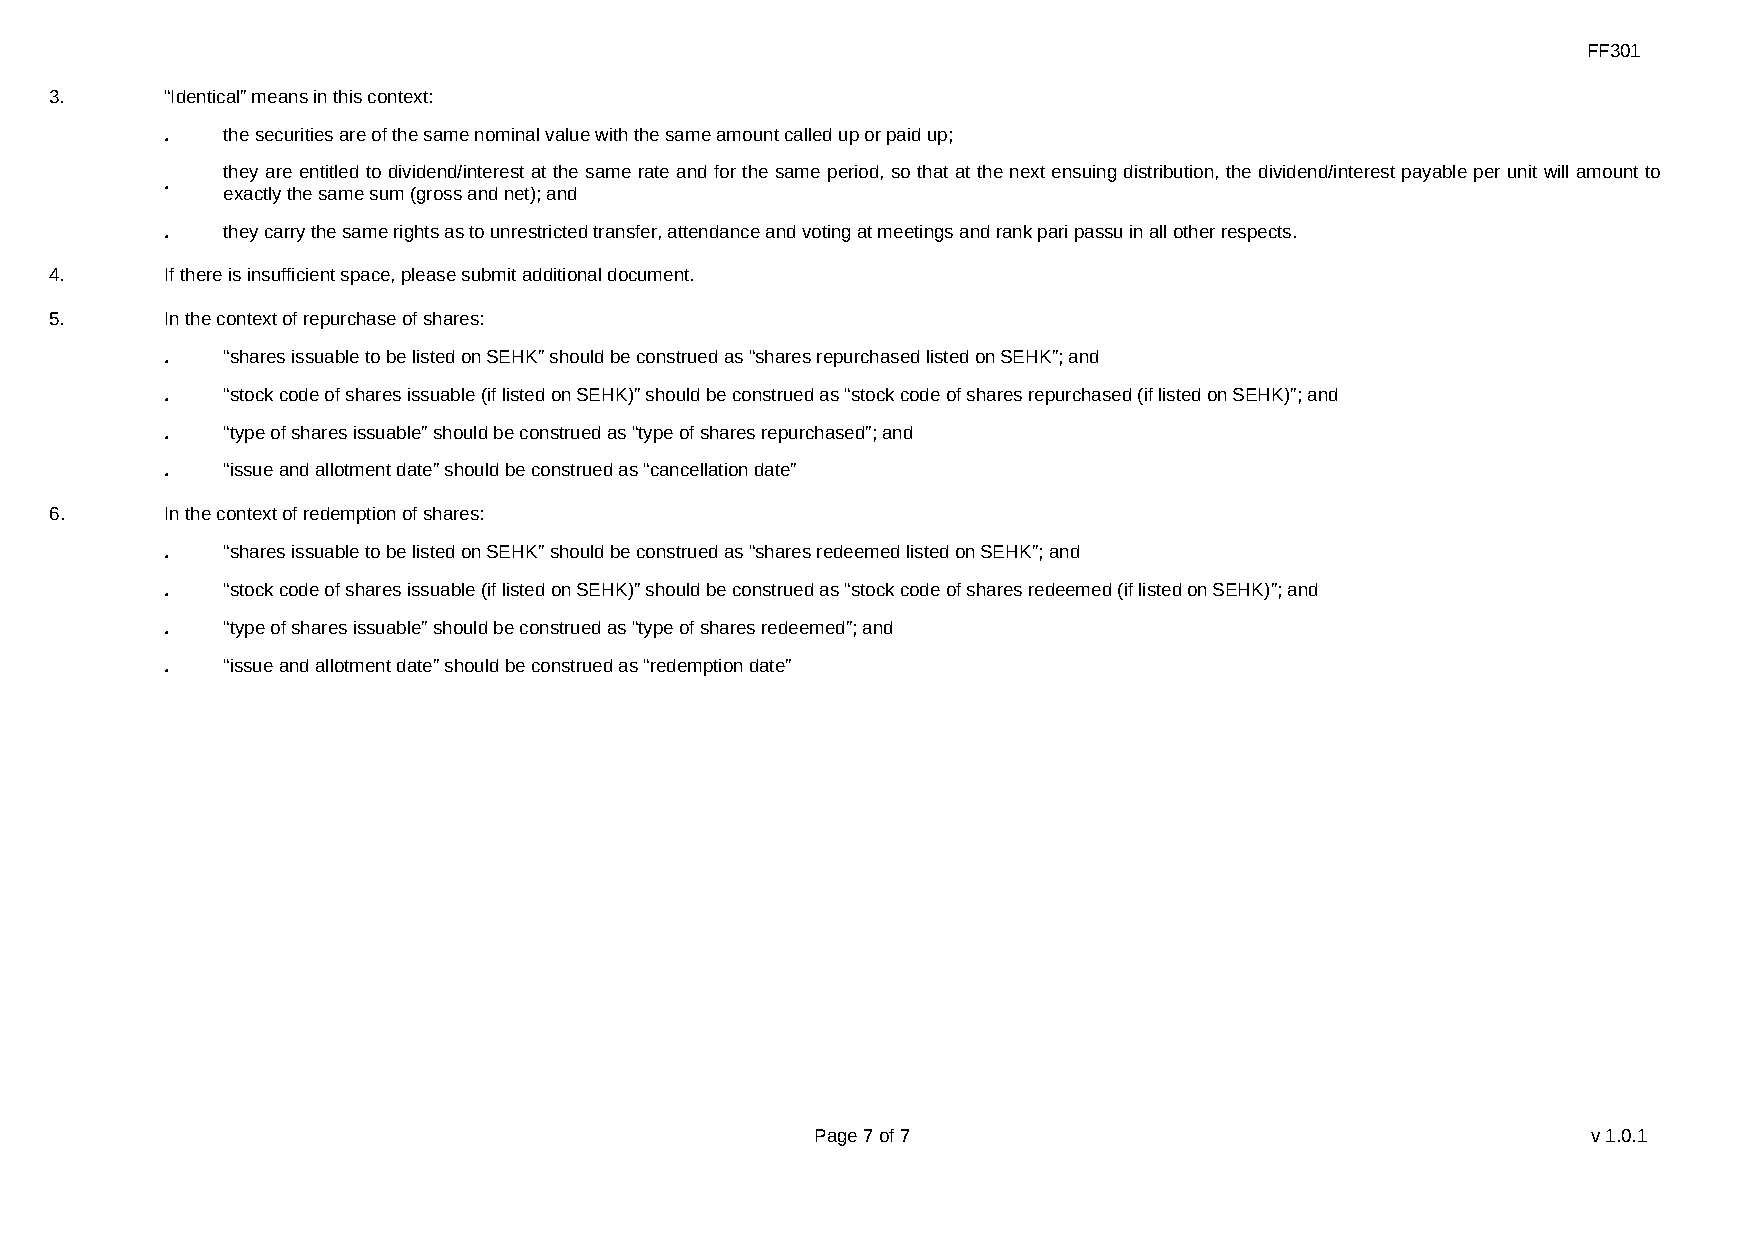
FF301
 3.      “Identical” means in this context:
 ．   the securities are of the same nominal value with the same amount called up or paid up;
 they are entitled to dividend/interest at the same rate and for the same period, so that at the next ensuing distribution, the dividend/interest payable per unit will amount to
 ．
 exactly the same sum (gross and net); and
 ．   they carry the same rights as to unrestricted transfer, attendance and voting at meetings and rank pari passu in all other respects.
 4.      If there is insufficient space, please submit additional document.
 5.      In the context of repurchase of shares:
 ．   “shares issuable to be listed on SEHK” should be construed as “shares repurchased listed on SEHK”; and
 ．   “stock code of shares issuable (if listed on SEHK)” should be construed as “stock code of shares repurchased (if listed on SEHK)”; and
 ．   “type of shares issuable” should be construed as “type of shares repurchased”; and
 ．   “issue and allotment date” should be construed as “cancellation date”
 6.      In the context of redemption of shares:
 ．   “shares issuable to be listed on SEHK” should be construed as “shares redeemed listed on SEHK”; and
 ．   “stock code of shares issuable (if listed on SEHK)” should be construed as “stock code of shares redeemed (if listed on SEHK)”; and
 ．   “type of shares issuable” should be construed as “type of shares redeemed”; and
 ．   “issue and allotment date” should be construed as “redemption date”
 Page 7 of 7                                        v1.0.1